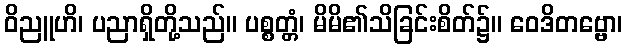
ဝိညူဟိ၊ ပညာရှိတို့သည်။ ပစ္စတ္တံ၊ မိမိ၏သိခြင်းစိတ်၌။ ဝေဒိတဗ္ဗော၊